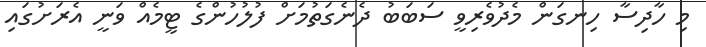
މި ހާދިސާ ހިނގަން މެދުވެރިވީ ސަބަބު ދެނެގަތުމަށް ފުލުހުންގެ ޓީމެއް ވަނީ އެރަށުގައި